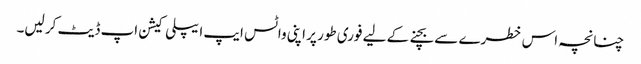
چنانچہ اس خطرے سے بچنے کے لیے فوری طور پر اپنی واٹس ایپ ایپلی کیشن اپ ڈیٹ کر لیں۔